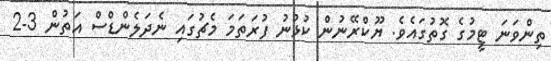
ތިންވަނަ ޓީމުގެ ގޮތުގައެވެ. ޔޫކްރޭނުން ކުޅުނު ފުރަތަމަ މެޗުގައި ނެދަލެންޑްސް އަތުން 3-2